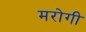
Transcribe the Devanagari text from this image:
मरोगी